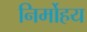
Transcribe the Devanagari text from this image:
निर्मोहय